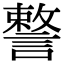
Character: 𧫣